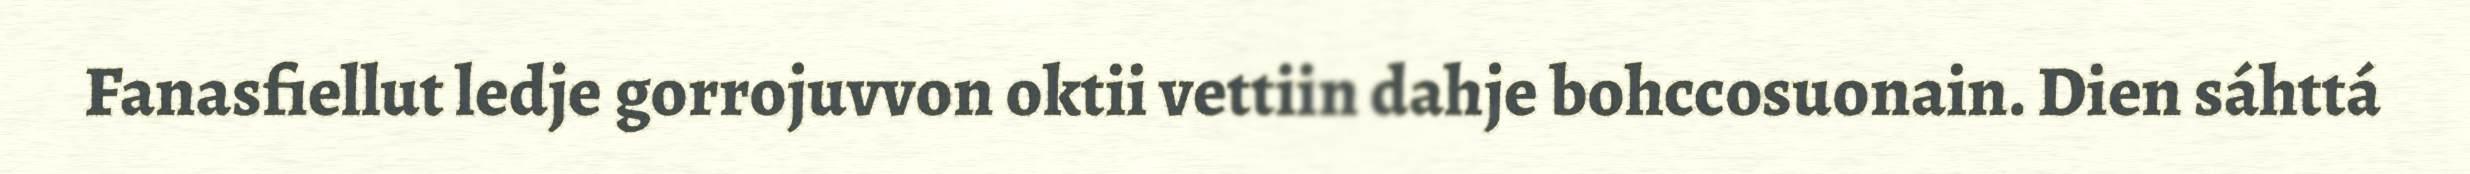
Fanasfiellut ledje gorrojuvvon oktii vettiin dahje bohccosuonain. Dien sáhttá